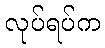
လုပ်ရပ်က